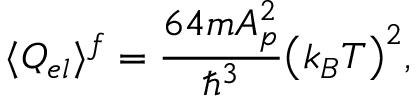
\langle Q _ { e l } \rangle ^ { f } = { \frac { 6 4 m A _ { p } ^ { 2 } } { \hbar ^ { 3 } } } { \left( k _ { B } T \right) ^ { 2 } } ,